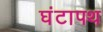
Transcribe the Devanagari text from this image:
घंटापथ